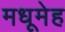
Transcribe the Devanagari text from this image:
मधूमेह